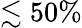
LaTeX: \lesssim 50\%